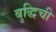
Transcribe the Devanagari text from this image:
बुद्धिची